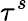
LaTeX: \tau^{s}